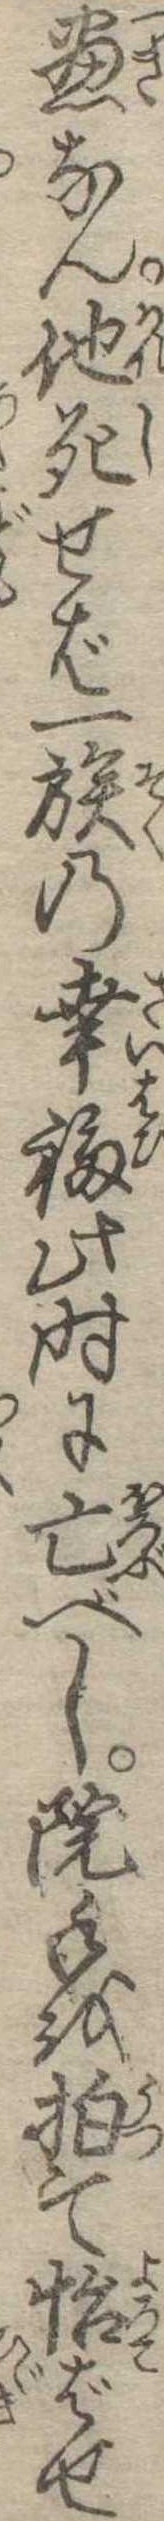
尽なん他死せば一族の幸福此時に亡べし院手を拍て怡ばせ